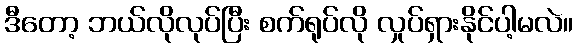
ဒီတော့ ဘယ်လိုလုပ်ပြီး စက်ရုပ်လို လှုပ်ရှားနိုင်ပါ့မလဲ။